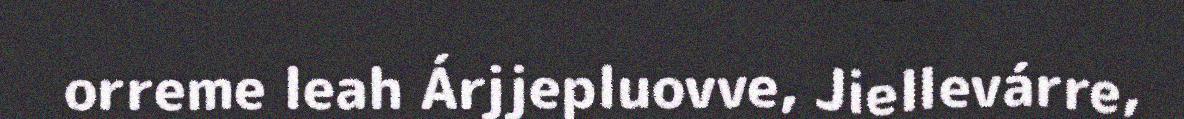
orreme leah Árjjepluovve, Jiellevárre,